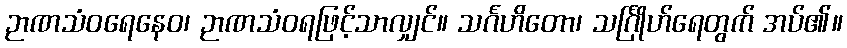
ဉာဏသံဝရေနေဝ၊ ဉာဏသံဝရဖြင့်သာလျှင်။ သင်္ဂဟိတော၊ သင်္ဂြိုဟ်ရေတွက် အပ်၏။